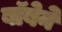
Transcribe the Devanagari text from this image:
बॉबेने